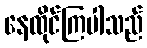
နေထိုင်ကြပါသည်